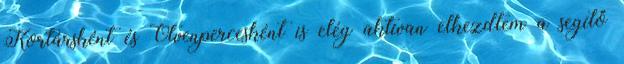
Kortársként és Ötvenpercesként is elég aktívan elkezdtem a segítő